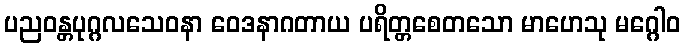
ပညဝန္တပုဂ္ဂလသေဝနာ ဝေဒနာဂတာယ ပရိတ္တစေတသော မာဟေသု မဂ္ဂေါဝ